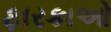
ફારકાઓ